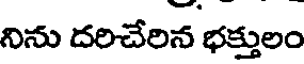
నిను దరిచేరిన భక్తులం